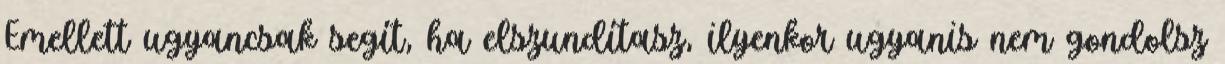
Emellett ugyancsak segít, ha elszundítasz, ilyenkor ugyanis nem gondolsz